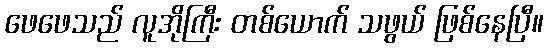
ဖေဖေသည် လူအိုကြီး တစ်ယောက် သဖွယ် ဖြစ်နေပြီ။